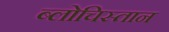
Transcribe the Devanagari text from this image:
ब्लोचिस्तान